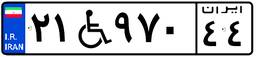
۷۱W۵۷۶۸۵